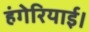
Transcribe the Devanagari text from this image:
हंगेरियाई।